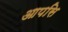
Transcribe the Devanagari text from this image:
आपसि